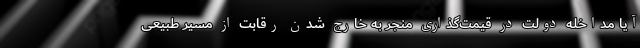
آیا مداخله دولت در قیمت‌گذاری منجر به خارج شدن رقابت از مسیر طبیعی